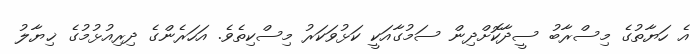
އެ ހަޔާތުގެ މިސްރާބު ސީދާކޮށްދިން ސަމުގާއަކީ ކަޅުވަކަރު މިސްކިތެވެ. އަހަރެންގެ ދިރިއުޅުމުގެ ޚިޔާލު